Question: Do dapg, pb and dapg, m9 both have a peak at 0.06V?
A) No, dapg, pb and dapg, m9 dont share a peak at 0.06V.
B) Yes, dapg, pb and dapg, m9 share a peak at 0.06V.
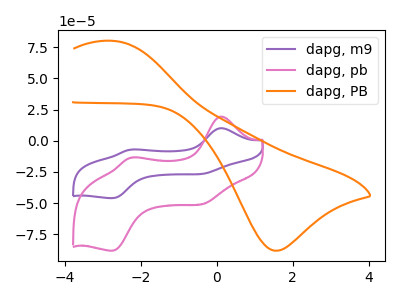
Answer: <think>The purple curve "dapg, m9" has anodic peaks at (0.10V, 10.15uA) (-2.20V, -6.95uA) and cathodic peaks at (-0.30V, -26.10uA) (-2.75V, -45.95uA). The pink curve "dapg, pb" has anodic peaks at (0.10V, 19.45uA) (-2.20V, -13.25uA) and cathodic peaks at (-0.30V, -49.95uA) (-2.75V, -88.00uA). The orange curve "dapg, PB" has an anodic peak at (-2.70V, 80.10uA) and a cathodic peak at (1.55V, -88.15uA).</think>
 <answer>A) No, "dapg, pb" and "dapg, m9" dont share a peak at 0.06V.</answer>
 <eval>A</eval>